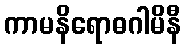
ကာမနိရောဓဂါမိနီ